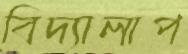
বিদ্যালাপ